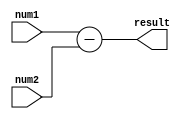
module subtractor (
    input wire [31:0] num1,
    input wire [31:0] num2,
    output reg [31:0] result
);

// Internal registers to store the input numbers
reg [31:0] reg_num1;
reg [31:0] reg_num2;

// Assigning input ports to internal registers
always @(num1)
begin
    reg_num1 <= num1;
end

always @(num2)
begin
    reg_num2 <= num2;
end

// Subtraction operation
always @(*)
begin
    result <= reg_num1 - reg_num2;
end

endmodule